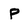
Character: P